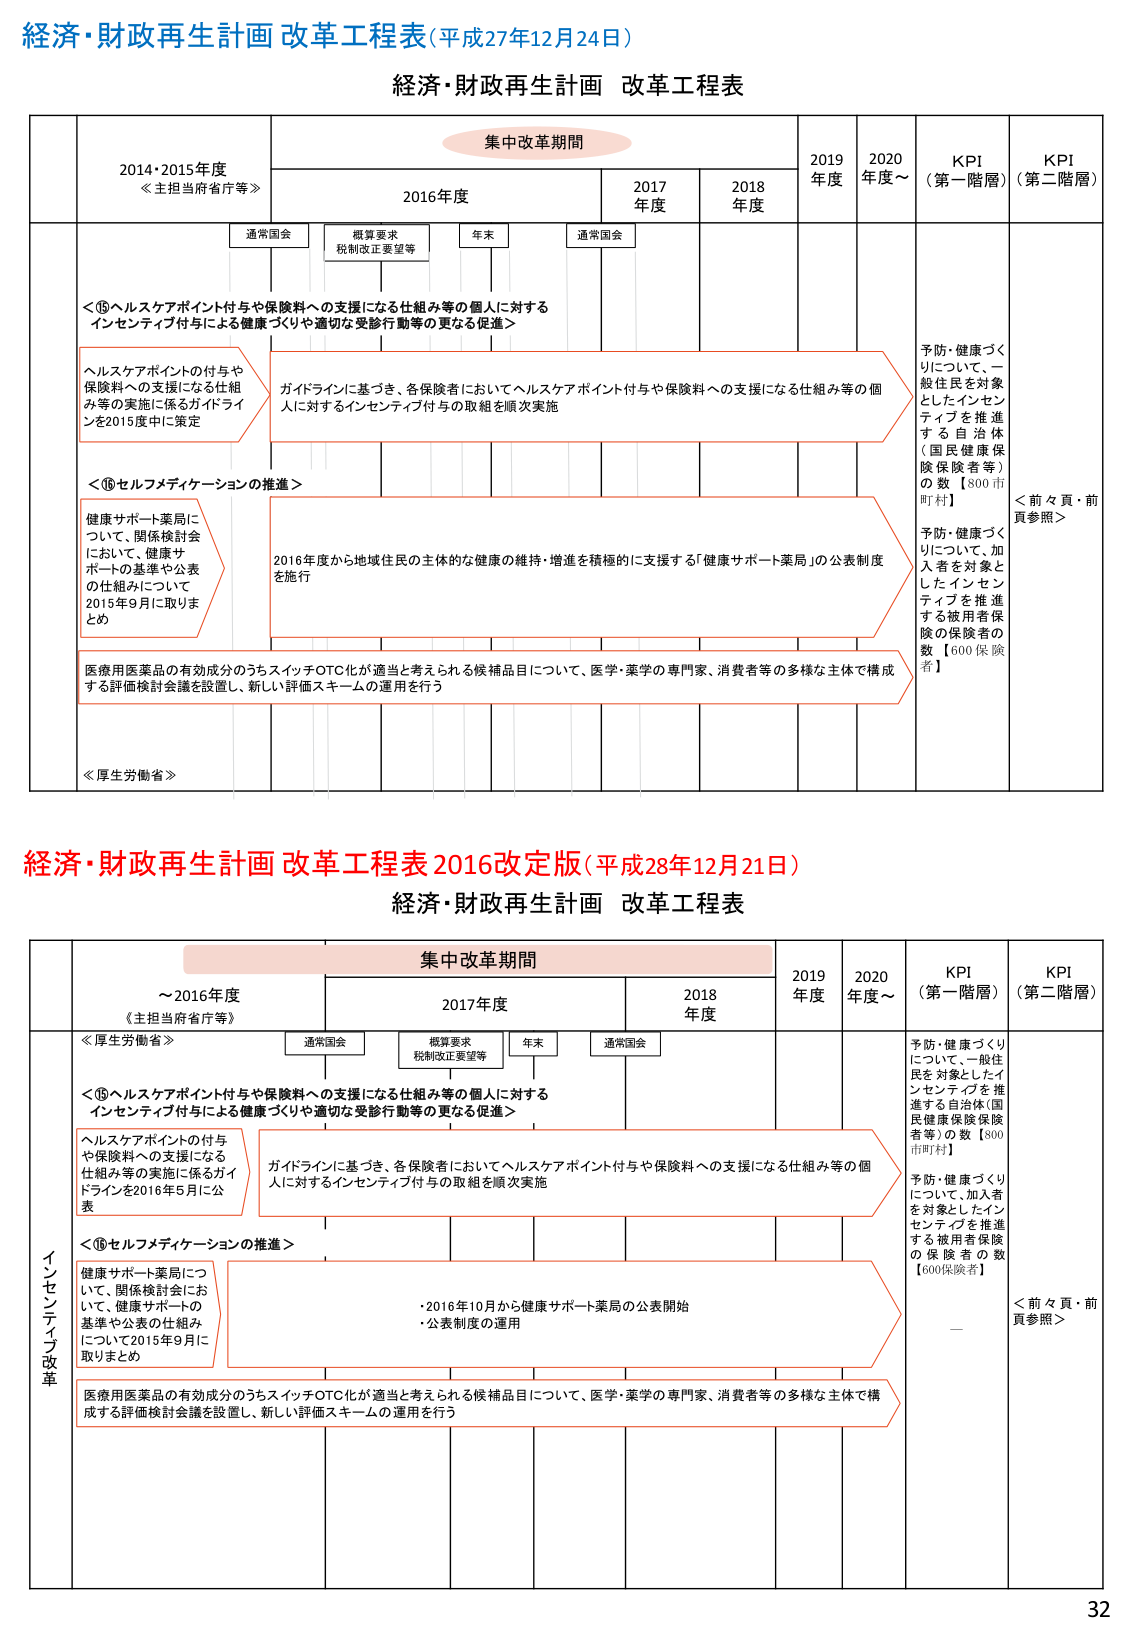
経済・財政再生計画 改革工程表（平成27年12月24日）

経済・財政再生計画 改革工程表

集中改革期間

2014・2015年度
≪主担当省庁等≫

2016年度

2017年度

2018年度

2019年度

2020年度～

KPI（第一階層）

KPI（第二階層）

通常国会

概算要求
税制改正要望等

年末

通常国会

＜⑮ヘルスケアポイント付与や保険料への支援になる仕組み等の個人に対するインセンティブ付与による健康づくりや適切な受診行動等の更なる促進＞

ヘルスケアポイントの付与や保険料への支援になる仕組み等の実施に係るガイドラインを2015度中に策定

ガイドラインに基づき、各保険者においてヘルスケアポイント付与や保険料への支援になる仕組み等の個人に対するインセンティブ付与の取組を順次実施

予防・健康づくりについて、一般住民を対象としたインセンティブを推進する自治体（国民健康保険保険者等）の数【800市町村】

予防・健康づくりについて、加入者を対象としたインセンティブを推進する被用者保険の保険者の数【600保険者】

＜前々頁・前頁参照＞

＜⑯セルフメディケーションの推進＞

健康サポート薬局について、関係検討会において、健康サポートの基準や公表の仕組みについて2015年9月に取りまとめ

2016年度から地域住民の主体的な健康の維持・増進を積極的に支援する「健康サポート薬局」の公表制度を施行

医療用医薬品の有効成分のうちスイッチOTC化が適当と考えられる候補品目について、医学・薬学の専門家、消費者等の多様な主体で構成する評価検討会議を設置し、新しい評価スキームの運用を行う

≪厚生労働省≫

経済・財政再生計画 改革工程表 2016改定版（平成28年12月21日）

経済・財政再生計画 改革工程表

集中改革期間

～2016年度
《主担当省庁等》

2017年度

2018年度

2019年度

2020年度～

KPI（第一階層）

KPI（第二階層）

通常国会

概算要求
税制改正要望等

年末

通常国会

≪厚生労働省≫

＜⑮ヘルスケアポイント付与や保険料への支援になる仕組み等の個人に対するインセンティブ付与による健康づくりや適切な受診行動等の更なる促進＞

ヘルスケアポイントの付与や保険料への支援になる仕組み等の実施に係るガイドラインを2016年5月に公表

ガイドラインに基づき、各保険者においてヘルスケアポイント付与や保険料への支援になる仕組み等の個人に対するインセンティブ付与の取組を順次実施

予防・健康づくりについて、一般住民を対象としたインセンティブを推進する自治体（国民健康保険保険者等）の数【800市町村】

予防・健康づくりについて、加入者を対象としたインセンティブを推進する被用者保険の保険者の数【600保険者】

＜前々頁・前頁参照＞

＜⑯セルフメディケーションの推進＞

健康サポート薬局について、関係検討会において、健康サポートの基準や公表の仕組みについて2015年9月に取りまとめ

・2016年10月から健康サポート薬局の公表開始
・公表制度の運用

医療用医薬品の有効成分のうちスイッチOTC化が適当と考えられる候補品目について、医学・薬学の専門家、消費者等の多様な主体で構成する評価検討会議を設置し、新しい評価スキームの運用を行う

インセンティブ改革

32